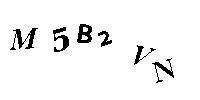
M5B2VN